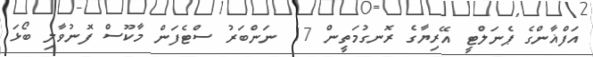
އަފްޣާންގެ ޕެނަލްޓީ އޭރިޔާގެ ރޮނގުމަތީން 17 ނަންބަރު ސްޓެފަން މާކޫސް ފޮނުވާލި ބޯޅަ